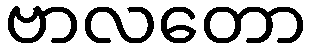
ဗာလတော